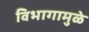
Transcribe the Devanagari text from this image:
विभागामुळे